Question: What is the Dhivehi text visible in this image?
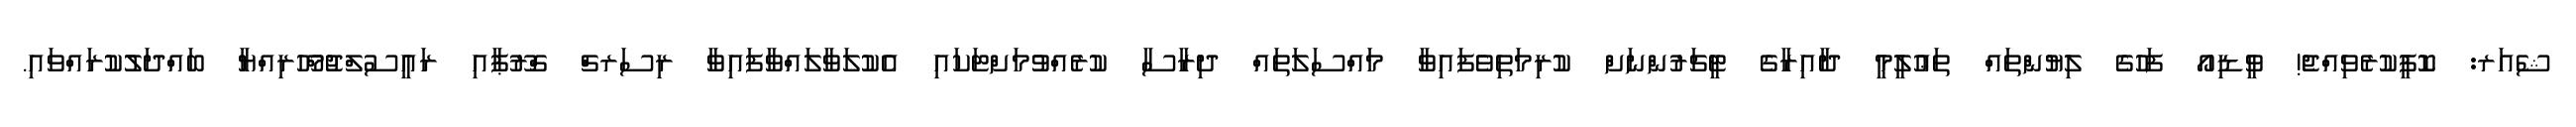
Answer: ޝެއަރ: ކޮޕީކުރެވިއްޖެ! ވީޑިއޯ ފަހުގެ ލިޔުންތައް ތަޢުލީމީ ދާއިރާގެ ޓީޗަރުންނަށް ކުރިމަތިވެފައިވާ މައްސަލަތައް ދިރާސާ ކުރެއްވުމަށްޓަކައި އެކުލަވާލައްވާފައިވާ ރިސަރޗް ގްރޫޕާއި ރައީސުލްޖުމްހޫރިއްޔާ ބައްދަލުކުރައްވައި.